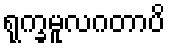
ရုက္ခမူလဂတာပိ